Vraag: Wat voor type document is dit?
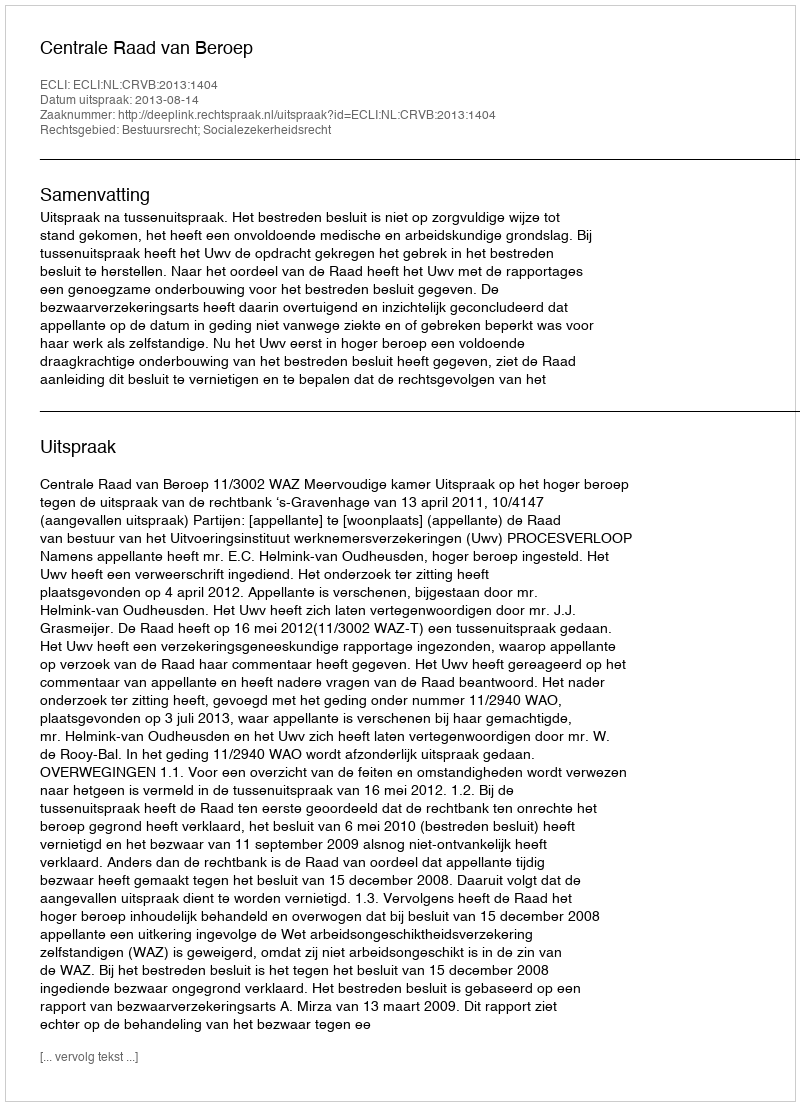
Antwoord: Uitspraak